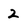
Character: 2